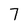
Character: 7